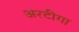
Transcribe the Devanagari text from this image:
अरटीगा